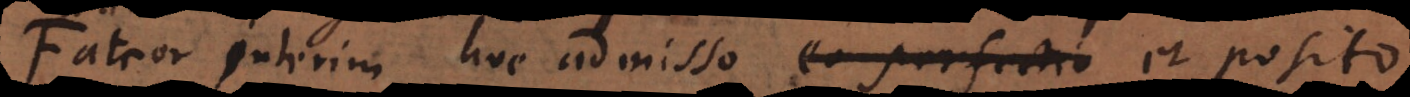
Fateor interim hoc admisso eo perfectio et posit